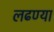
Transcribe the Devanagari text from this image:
लढण्या